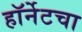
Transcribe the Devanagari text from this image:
हॉर्नेटचा